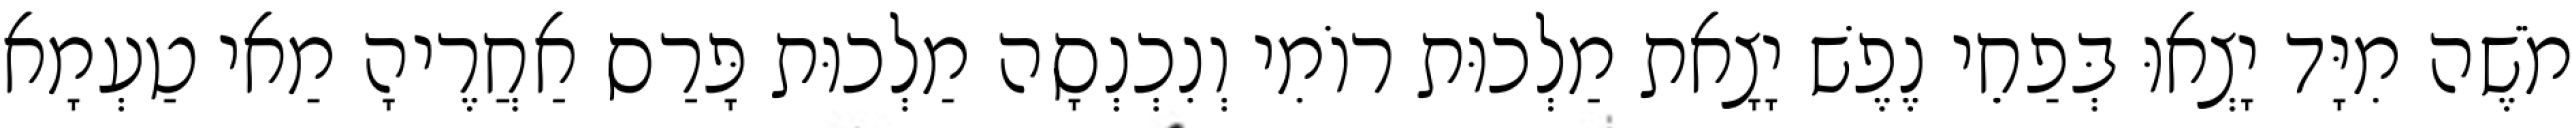
מֹשֶׁה מִיָּד יָצְאוּ בְּפַחֵי נֶפֶשׁ יָצָאת מַלְכוּת רוֹמִי וְנִכְנְסָה מַלְכוּת פָּרַס אַחֲרֶיהָ מַאי טַעְמָא